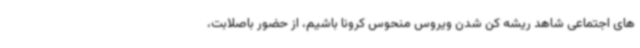
های اجتماعی شاهد ریشه کن شدن ویروس منحوس کرونا باشیم، از حضور باصلابت،